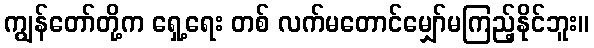
ကျွန်တော်တို့က ရှေ့ရေး တစ် လက်မတောင်မျှော်မကြည့်နိုင်ဘူး။